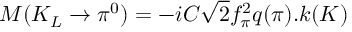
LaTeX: M ( K _ { L } \rightarrow \pi ^ { 0 } ) = - i C \sqrt { 2 } f _ { \pi } ^ { 2 } q ( \pi ) . k ( K )